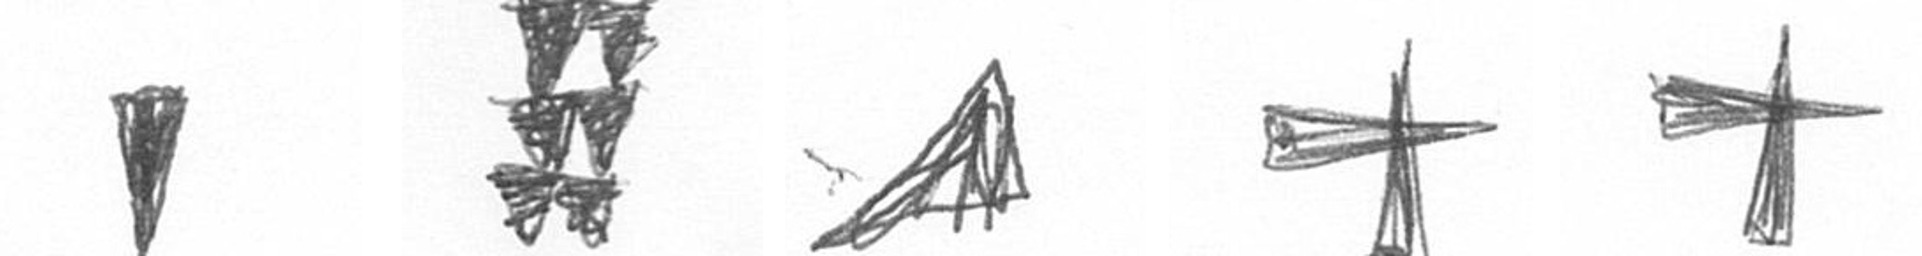
J Y O G G